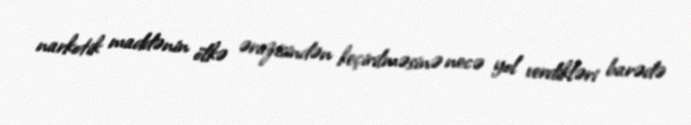
narkotik maddənin ölkə ərazisindən keçirilməsinə necə yol verdikləri barədə